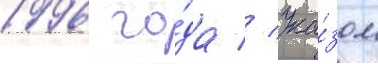
1996 го́да // Ука́зом